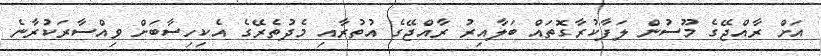
އަށް ރާއްޖޭގެ މޫސުން ލަފާކުރާގޮތައް ބަލާއިރު ރާއްޖޭގެ އުތުރާއި މެދުތެރޭގެ އެކިހިސާބަށް ވިއްސާރަކުރާނެ